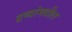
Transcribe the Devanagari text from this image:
द्रव्यांमधील